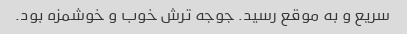
سریع و به موقع رسید. جوجه ترش خوب و خوشمزه بود.